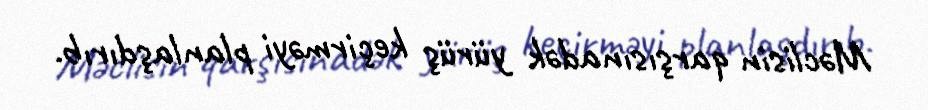
Məclisin qarşısınadək yürüş keçirməyi planlaşdırıb.